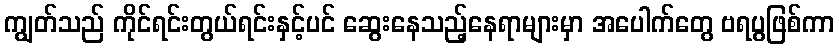
ကျွတ်သည် ကိုင်ရင်းတွယ်ရင်းနှင့်ပင် ဆွေးနေသည့်နေရာများမှာ အပေါက်တွေ ဗရပွဖြစ်ကာ